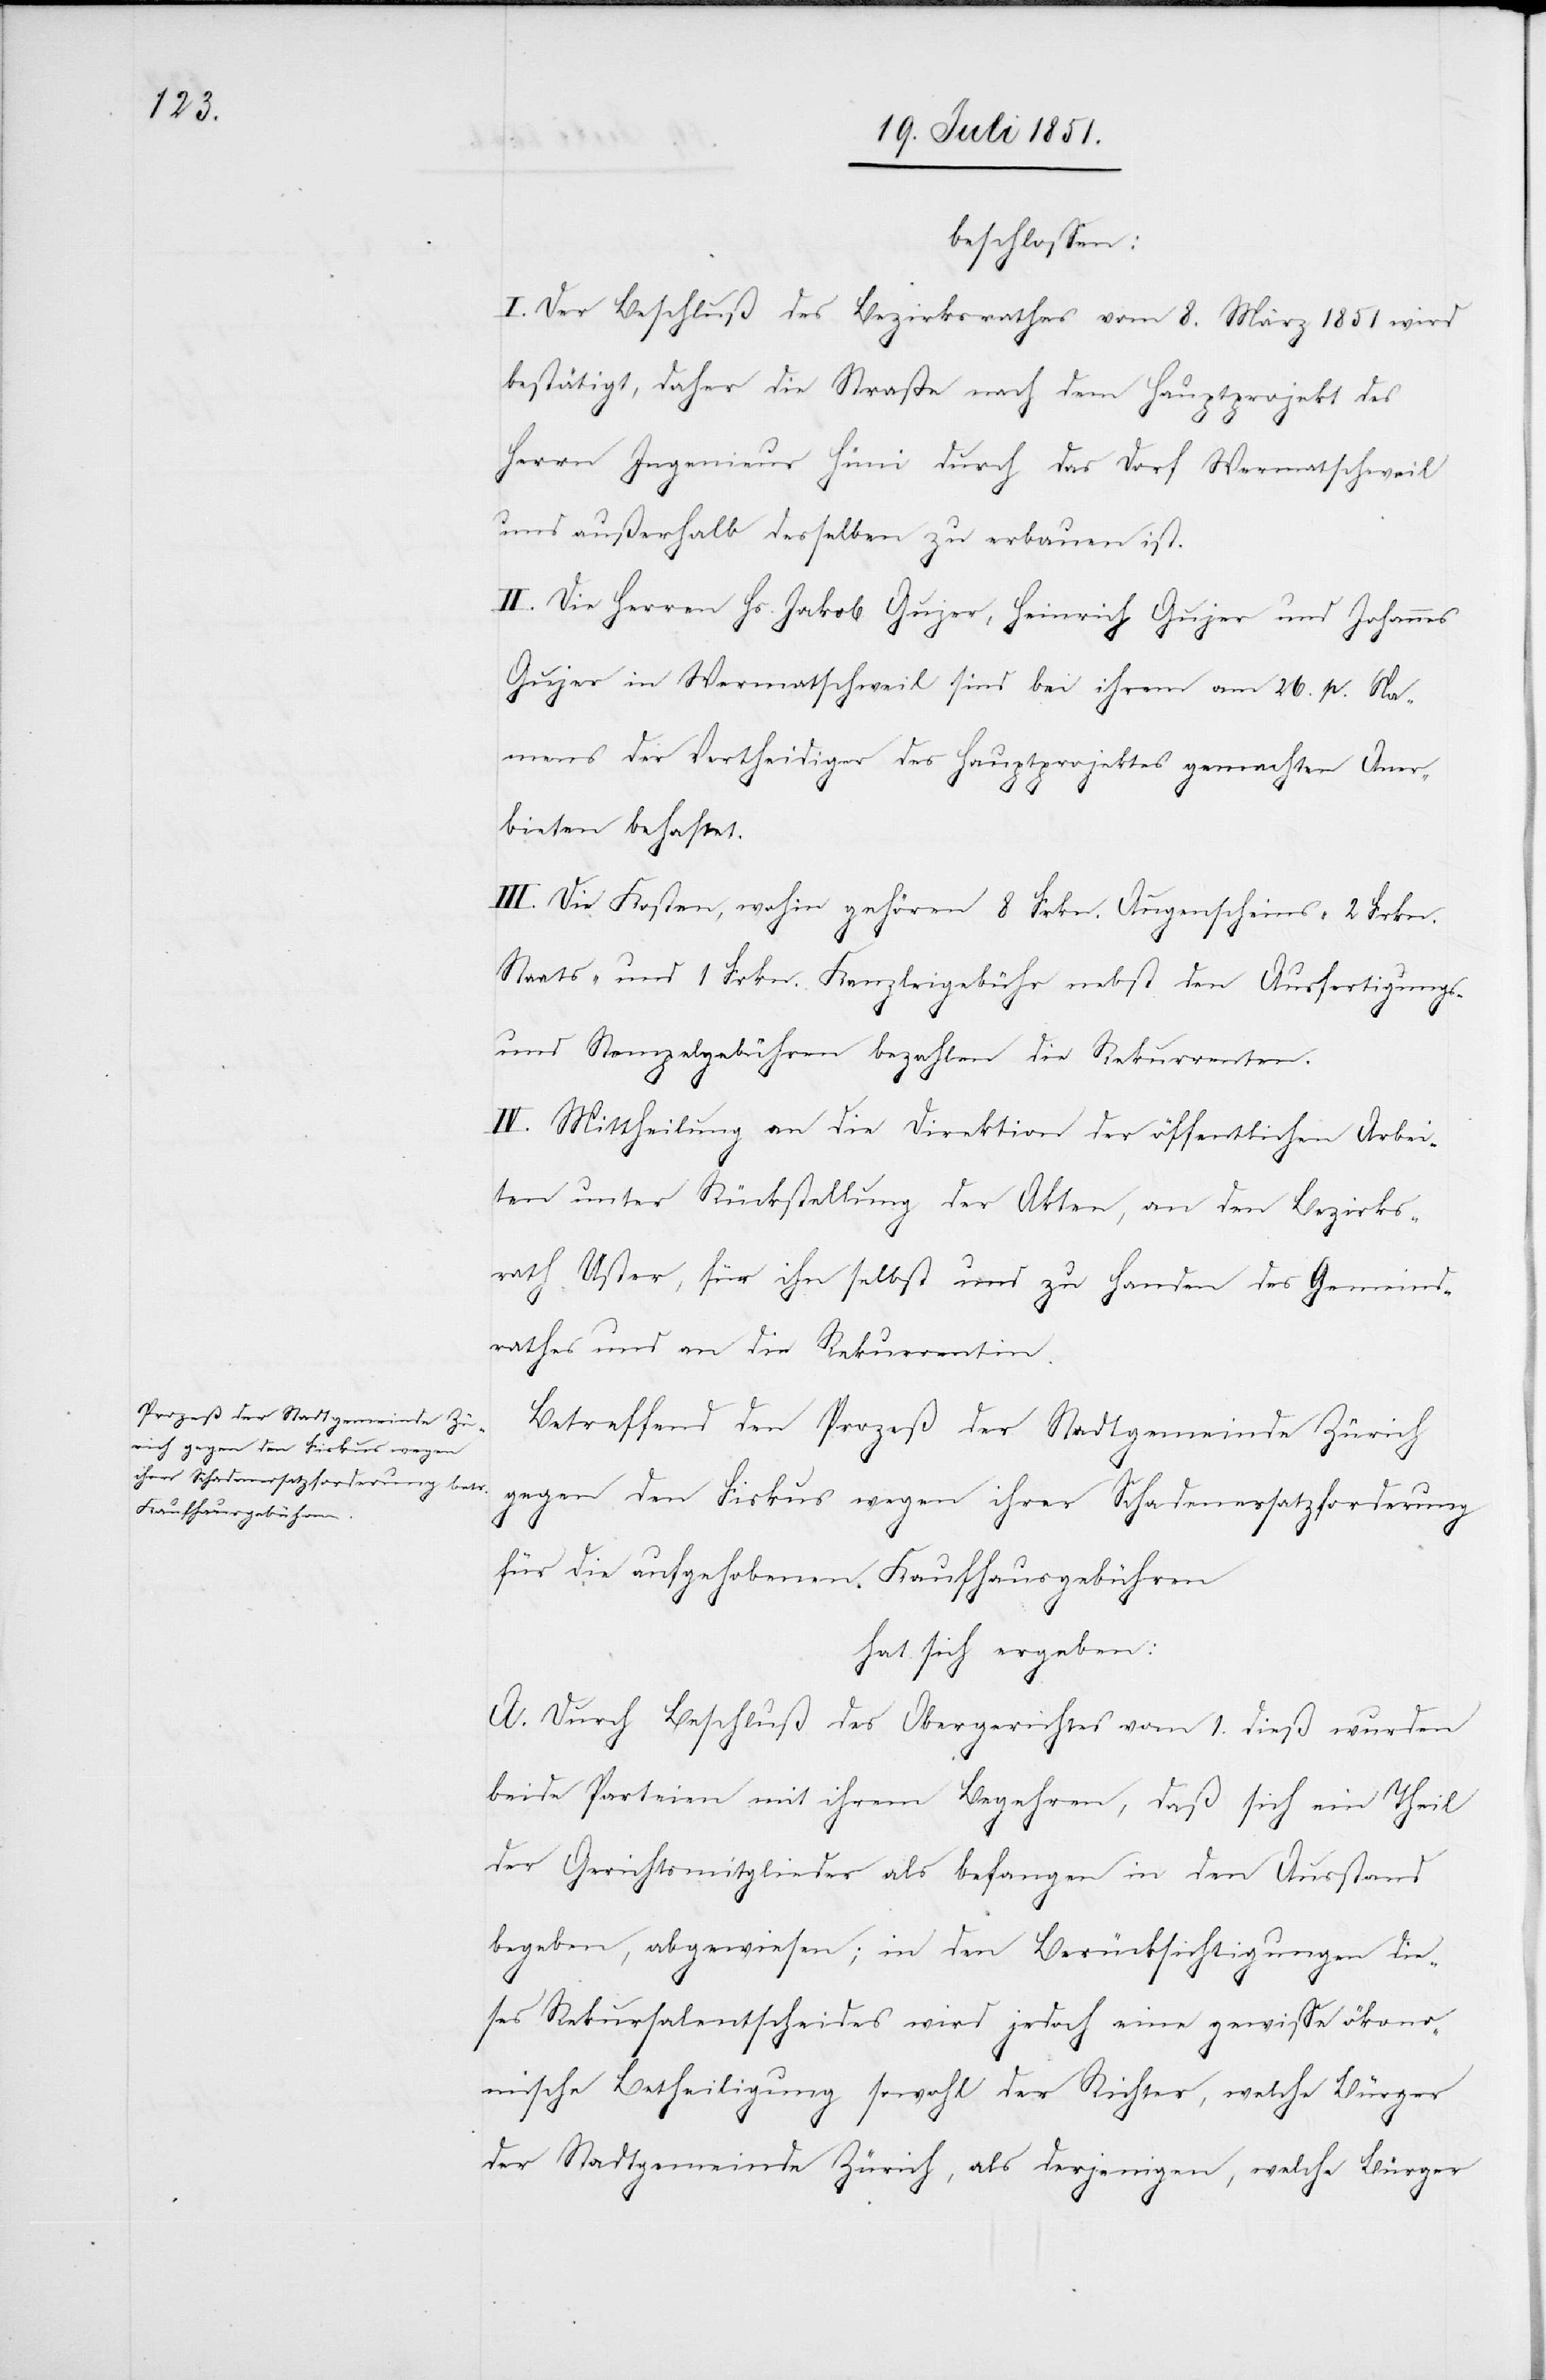
beschlossen:
I. Der Beschluß des Bezirksrathes vom 8. März 1851 wird
bestätigt, daher die Straße nach dem Hauptprojekt des
Herrn Ingenieur Hüni durch das Dorf Wermatschweil
und außerhalb desselben zu erbauen ist.
II. Die Herren Hs. Jakob Gujer, Heinrich Gujer und Johannes
Gujer in Wermatschweil sind bei ihrem am 26. p. Na¬
mens der Vertheidiger des Hauptprojektes gemachten Aner¬
bieten behaftet.
III. Die Kosten, wohin gehören 8 Frkn. Augenscheins-[,] 2 Frkn.
Staats- und 1 Frkn. Kanzleigebühr nebst den Ausfertigungs-
und Stempelgebühren bezahlen die Rekurrenten.
IV. Mittheilung an die Direktion der öffentlichen Arbei¬
ten unter Rückstellung der Akten, an den Bezirks¬
rath Uster, für ihn selbst und zu Handen des Gemeind¬
rathes und an die Rekurrentin.
Betreffend den Prozeß der Stadtgemeinde Zürich
gegen den Fiskus wegen ihrer Schadenersatzforderung
für die aufgehobenen Kaufhausgebühren
hat sich ergeben:
A. Durch Beschluß des Obergerichtes vom 1. dieß wurden
beide Parteien mit ihrem Begehren, daß sich ein Theil
der Gerichtsmitglieder als befangen in den Ausstand
begeben, abgewiesen; in den Berücksichtigungen die¬
ses Rekursalentscheides wird jedoch eine gewisse ökono¬
mische Betheiligung sowohl der Richter, welche Bürger
der Stadtgemeinde Zürich, als derjenigen, welche Bürger